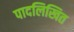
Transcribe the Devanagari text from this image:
पादलिखित